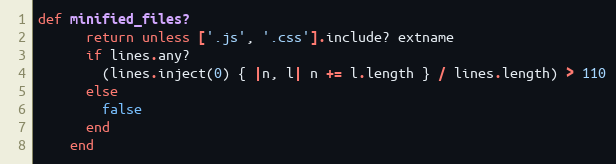
Language: Ruby
def minified_files?
      return unless ['.js', '.css'].include? extname
      if lines.any?
        (lines.inject(0) { |n, l| n += l.length } / lines.length) > 110
      else
        false
      end
    end